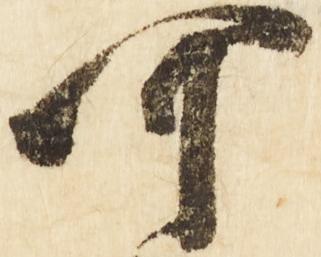
可